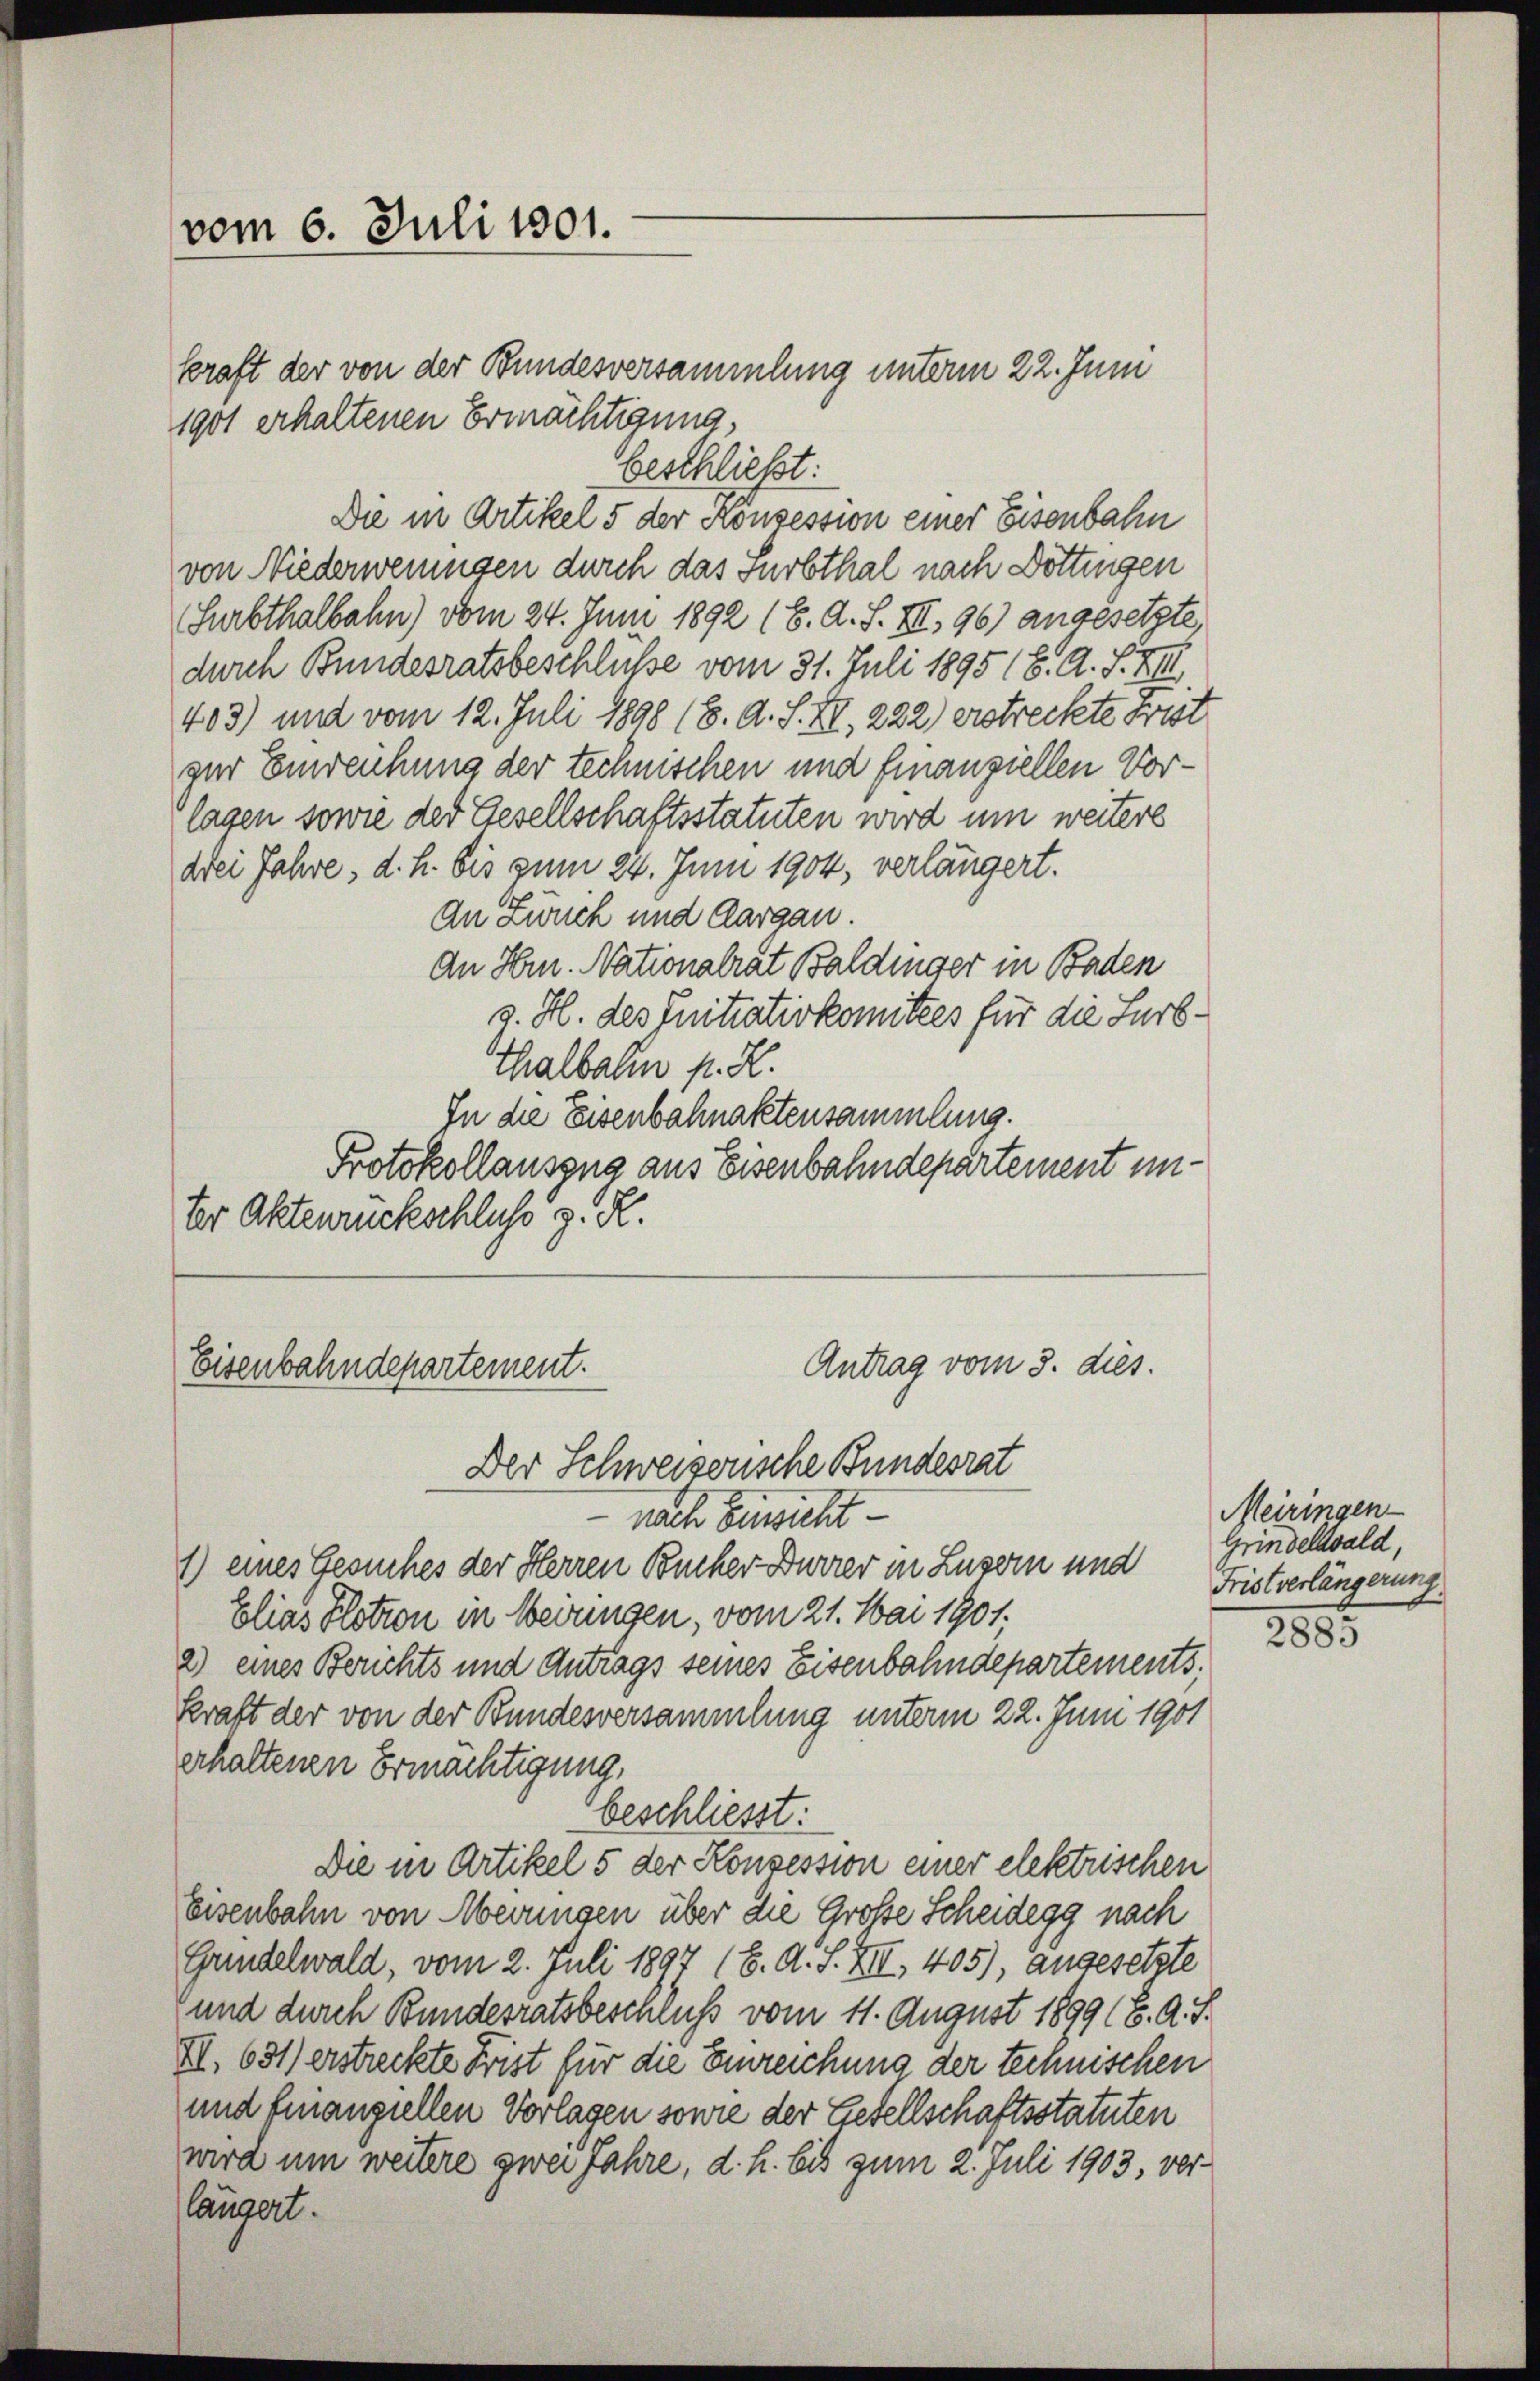
vom 6. Juli 1901.

kraft der von der Bundesversammlung unterm 22. Juni
1901 erhaltenen Ermächtigung,
beschließt:
Die in Artikel 5 der Konzession einer Eisenbahn
von Niederweingen durch das Surbthal nach Döttingen
Surbthalbahn) vom 24. Juni 1892 (6. A. S. III, 96) angesetzte.
durch Bundesratsbeschlüße vom 31. Juli 1895 (8. A. S. XIII
403) und vom 12. Juli 1898 (8. d. S. XI, 222 erstreckte Frist
zur Einreichung der technischen und finanziellen Vorlagen sowie der Gesellschaftsstatuten wird um weitere
drei Jahre, d. h. bis zum 24. Juni 1904, verlängert.
An Zunch und Aargau.
An Hrn. Nationalrat Baldinger in Baden
d. H. des Initiativkomitees für die Surb¬
Thalbahn p. R.
In die Eisenbahnaktensammlung.
Protokollauszug aus Eisenbahndepartement unter Aktenrückschluss z. R.

Eisenbahndepartement.

Der Schweizerische Bundesrat
nach Einsicht
1) eines Gesuches der Herren Bucher Dürrer in Luzern und Fristverlängerung
Elias Plotion in beiringen, vom 21. Mai 1901.
a) eines Berichts und Antrags seines Eisenbahndepartements¬
Kraft der von der Bundesversammlung unterm 22. Juni 1901
erhaltenen Ermächtigung,
beschliesst:
Die in Artikel 5 der Konsession einer elektrischen
Eisenbahn von Merungen über die Große Scheidegg nach
Gundelwald, vom 2. Juli 1897 (6. A. S. XIII, 405), angesetzte
und durch Bundesratsbeschluß vom 11. August 1899 (8. d. J.
XI. 631) erstreckte Frist für die Einreichung der technischen
und finanziellen Vorlagen sowie der Gesellschaftsstatuten
wira um weitere zwei Jahre, d. h. bis zum 2. Juli 1903, ver-
längert.

Antrag vom 3. dies.

Meiringen
Grindelwald,

2855